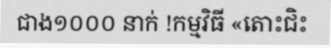
ជាង១០០០ នាក់ !កម្មវិធី «តោះជិះ